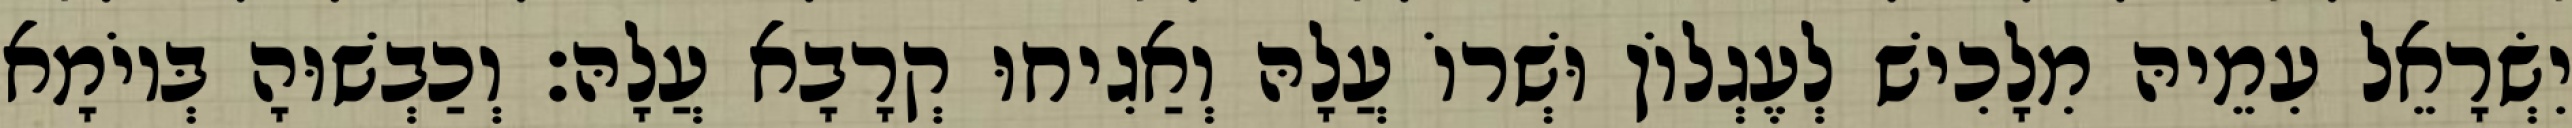
יִשְׂרָאֵל עִמֵיהּ מִלָכִישׁ לְעֶגְלוֹן וּשְׁרוֹ עֲלָהּ וְאַגִיחוּ קְרָבָא עֲלָהּ׃ וְכַבְשׁוּהָ בְּיוֹמָא